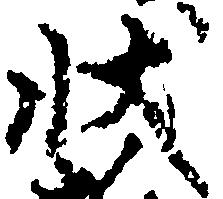
状